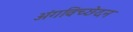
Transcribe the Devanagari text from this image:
अंगविच्छेदन